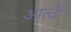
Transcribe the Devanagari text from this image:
आत्ची